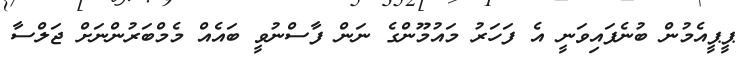
ޕީޕީއެމުން ބުނެފައިވަނީ އެ ފަހަރު މައުމޫންގެ ނަން ފާސްނުވީ ބައެއް މެމްބަރުންނަށް ޖަލްސާ